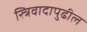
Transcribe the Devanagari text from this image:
स्त्रिवादापुढील